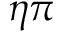
\eta \pi